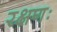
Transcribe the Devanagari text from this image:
रक्षणः